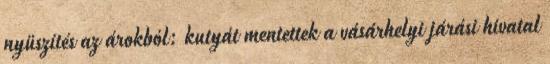
nyüszítés az árokból: kutyát mentettek a vásárhelyi járási hivatal